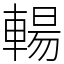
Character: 輰